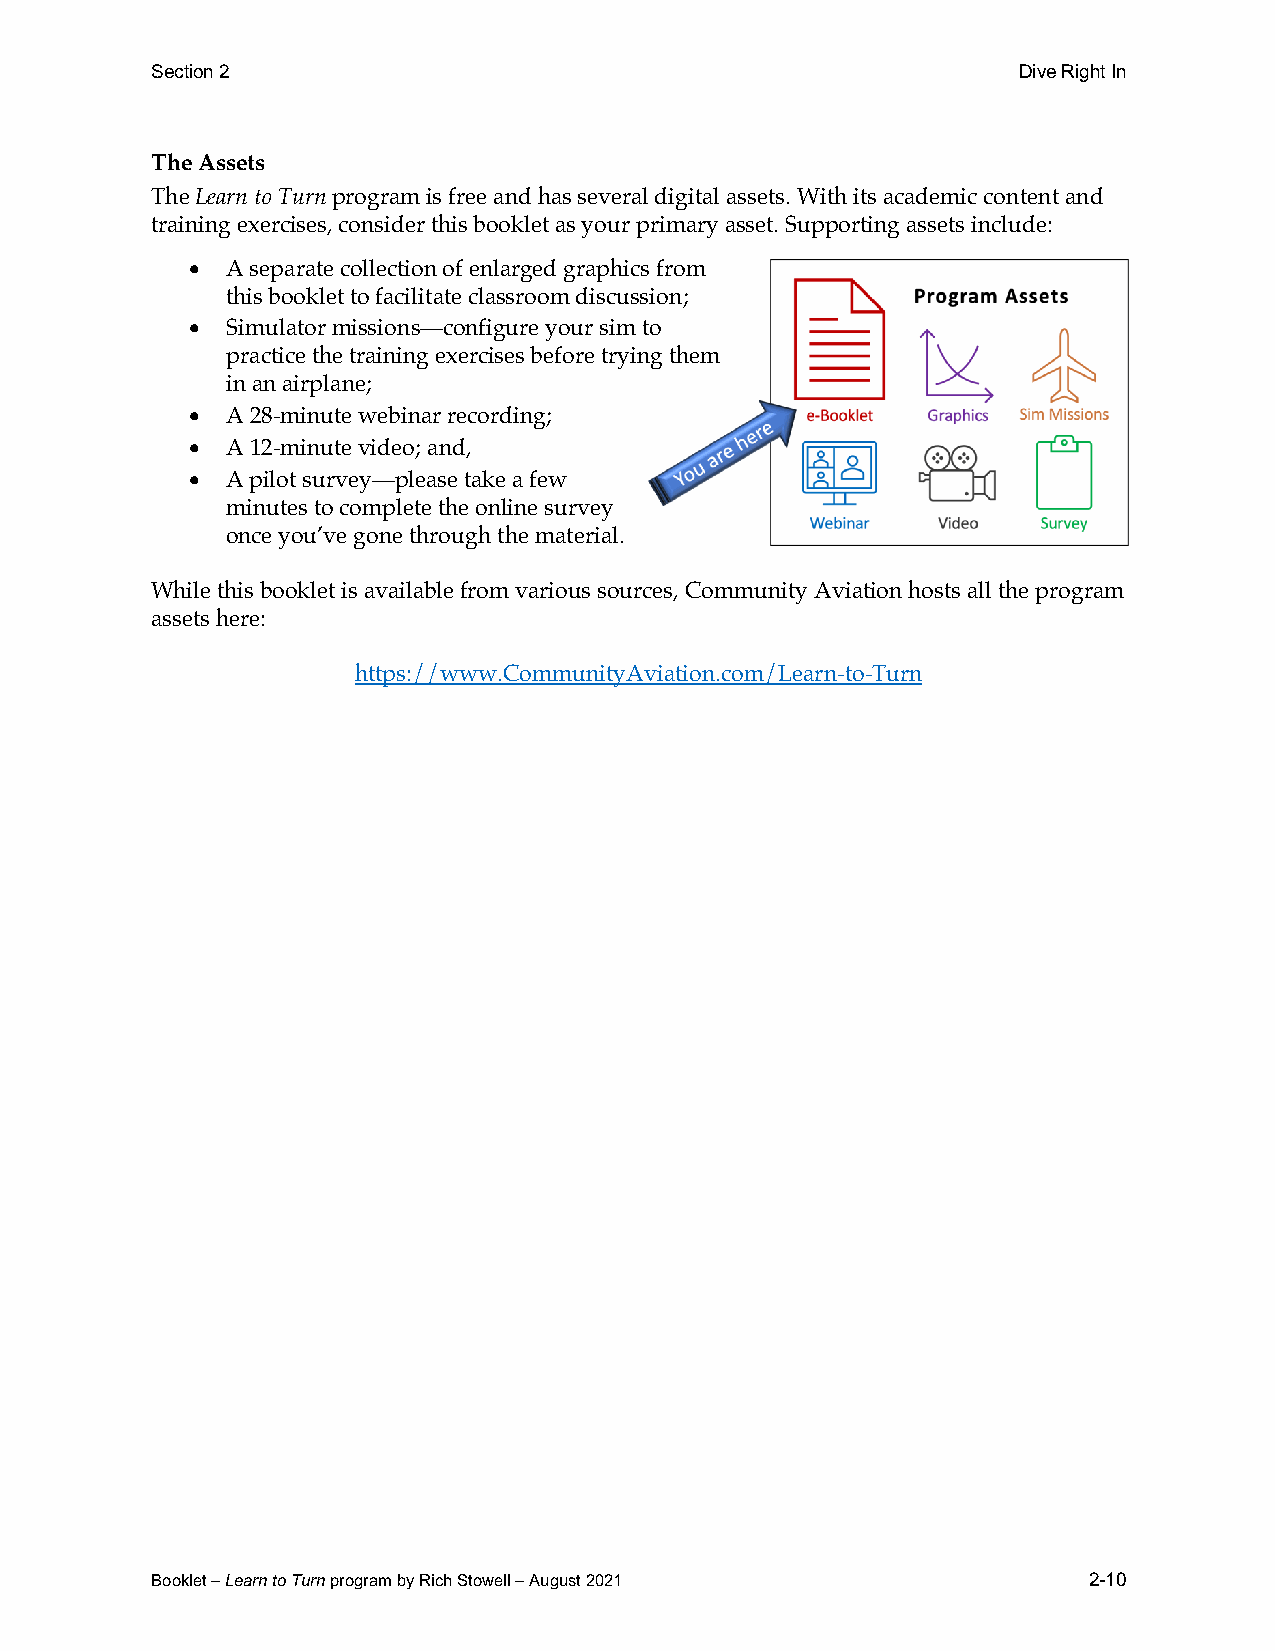
Section 2                                                Dive Right In
 The Assets
 The Learn to Turn program is free and has several digital assets. With its academic content and
 training exercises, consider this booklet as your primary asset. Supporting assets include:
 •  A separate collection of enlarged graphics from
 this booklet to facilitate classroom discussion;
 •  Simulator missions—configure your sim to
 practice the training exercises before trying them
 in an airplane;
 •  A 28-minute webinar recording;
 •  A 12-minute video; and,
 •  A pilot survey—please take a few
 minutes to complete the online survey
 once you’ve gone through the material.
 While this booklet is available from various sources, Community Aviation hosts all the program
 assets here:
 https://www.CommunityAviation.com/Learn-to-Turn
 Booklet – Learn to Turn program by Rich Stowell – August 2021 2-10